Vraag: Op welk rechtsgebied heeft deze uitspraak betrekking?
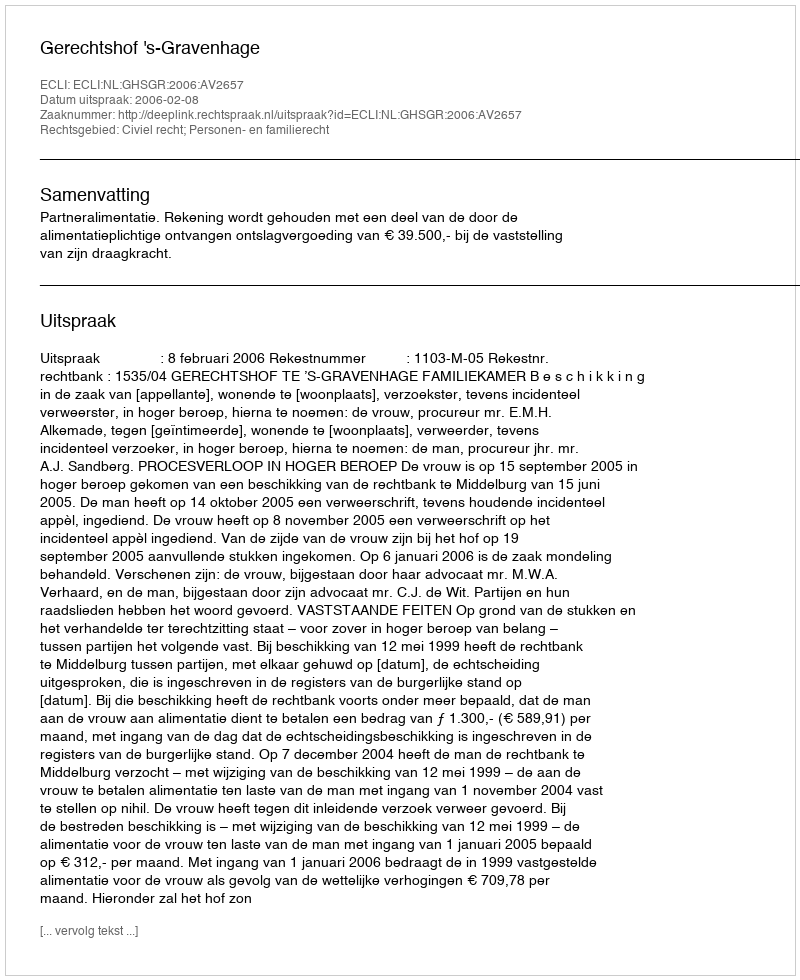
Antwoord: Civiel recht; Personen- en familierecht